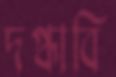
দগ্ধাবি